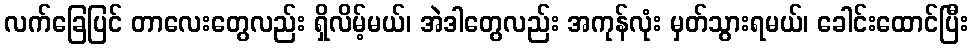
လက်ခြေပြင် တာလေးတွေလည်း ရှိလိမ့်မယ်၊ အဲဒါတွေလည်း အကုန်လုံး မှတ်သွားရမယ်၊ ခေါင်းထောင်ပြီး